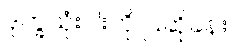
ဒုက္ခသုံးပါးကို ပြဆိုခန်း